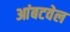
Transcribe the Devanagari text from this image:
आंबटवेल